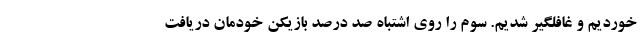
خوردیم و غافلگیر شدیم. سوم را روی اشتباه صد درصد بازیکن خودمان دریافت